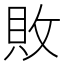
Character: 敗